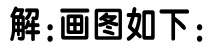
解：画图如下：